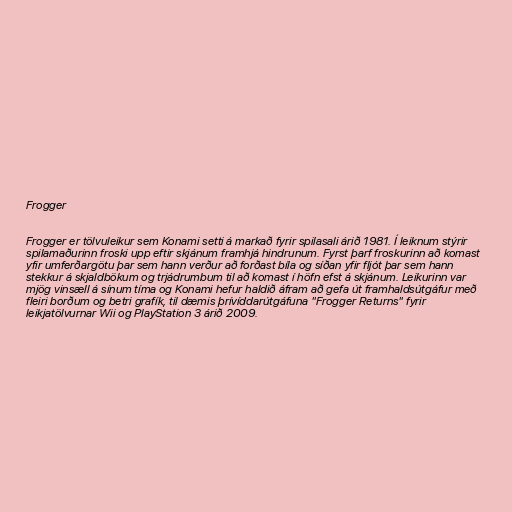
Frogger

Frogger er tölvuleikur sem Konami setti á markað fyrir spilasali árið 1981. Í leiknum stýrir
spilamaðurinn froski upp eftir skjánum framhjá hindrunum. Fyrst þarf froskurinn að komast
yfir umferðargötu þar sem hann verður að forðast bíla og síðan yfir fljót þar sem hann
stekkur á skjaldbökum og trjádrumbum til að komast í höfn efst á skjánum. Leikurinn var
mjög vinsæll á sínum tíma og Konami hefur haldið áfram að gefa út framhaldsútgáfur með
fleiri borðum og betri grafík, til dæmis þrívíddarútgáfuna "Frogger Returns" fyrir
leikjatölvurnar Wii og PlayStation 3 árið 2009.